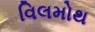
વિલમોથ